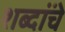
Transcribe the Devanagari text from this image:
शब्दांंचे